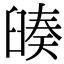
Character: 𦦅